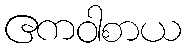
ဧကဝါစာယ